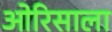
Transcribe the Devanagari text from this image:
ओरिसाला